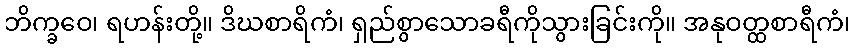
ဘိက္ခဝေ၊ ရဟန်းတို့။ ဒိဃစာရိကံ၊ ရှည်စွာသောခရီကိုသွားခြင်းကို။ အနုဝတ္ထစာရီကံ၊